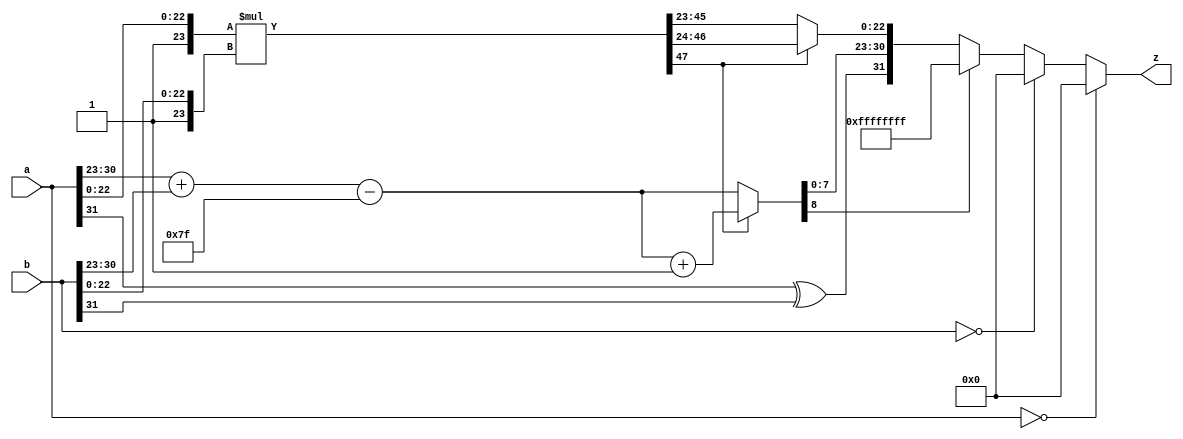
// z = a * b, all 32-bit (single-precision) floating point.
// Returns zero if underflow, NaN if overflow.

module srmul(
  input  wire [31:0] a,
  input  wire [31:0] b,
  output wire [31:0] z
  );

   // SP floating point fields
  `define sign     31
  `define exponent 30:23
  `define mantissa 22:0

   // various other constants
  `define zero     32'b0
  `define NaN      32'hFFFFFFFF

  ////////////////////////////////////////////////////////////////
  // Sign is easy.
  wire zs; assign zs = a[`sign] ^ b[`sign];

  ////////////////////////////////////////////////////////////////
  // Mantissa is hard. Remember mantissa is [22:0]

  // Restore hidden one's, use 48-bit precision
  wire [47:0] am; assign am = {24'b0, 1'b1, a[`mantissa]};
  wire [47:0] bm; assign bm = {24'b0, 1'b1, b[`mantissa]};
  wire [47:0] ab; assign ab = am * bm;

  // Normalized result will have leading '0' e.g. 01x01=0100
  // Else "too big", must make mantissa smaller (rshft 1) and exp bigger (add 1)
  wire too_big; assign too_big = (ab[47] == 1'b1);

  // am,bm range = 80,0000-FF,FFFF; ab range = 4000,0000,0000 - 8000,0000,0001
  wire [23:0] zm_true;   assign zm_true = too_big ? ab[47:24] : ab[46:23];
  wire [22:0] zm_hidden; assign zm_hidden = zm_true[22:0];

  // Final z mantissa is zm with hidden (implied) leading 'one' bit
  wire [22:0] zm; assign zm = zm_hidden[22:0];

  ////////////////////////////////////////////////////////////////
  // Exponent. Use 9-bit computation to get accurate final 8-bit result.
  wire [8:0] bias;  assign bias  = 9'd127;
  wire [8:0] a_exp; assign a_exp = {1'b0, a[`exponent]};
  wire [8:0] b_exp; assign b_exp = {1'b0, b[`exponent]};

  wire [8:0] ae_plus_be; assign ae_plus_be = a_exp + b_exp;
  wire [8:0] ze_prenorm; assign ze_prenorm = ae_plus_be - bias;
  wire [8:0] ze_norm;    assign ze_norm = too_big ? (ze_prenorm + 9'b1) : ze_prenorm;

  // Final z exponent
  wire [7:0] ze; assign ze = ze_norm[7:0];

  ////////////////////////////////////////////////////////////////
  // overflow and underflow
  wire ufw; assign ufw = too_big ? ((ae_plus_be + 9'b1) < bias) : (ae_plus_be < bias);
  wire ofw; assign ofw = (ze_norm[8] == 1'b1);

  ////////////////////////////////////////////////////////////////
/*
  assign z = (a==`zero) ? `zero : (
               (b==`zero) ? `zero : (
                (ufw)      ? `zero : (
                  (ofw)      ? `NaN :  (
                                 {zs, ze, zm} 
              ))));
*/

  assign z = (a==`zero) ? `zero : (
               (b==`zero) ? `zero : (
                  (ofw)      ? `NaN :  (
                                 {zs, ze, zm} 
              )));



// `define DBG1
// `define DBG9

`ifdef DBG1
  // DEBUGGING
  always @ (*) begin
    if ((a != 0) && (b != 0)) begin
//    if ((a != 0) && (b == 32'h40000000)) begin
      $display("srmul a=bsr'%08X (%08X) b=bsr'%08X (%08X) z=bsr'%08X (%08X)",
                a, a, b, b, z, z);
     `ifdef DBG9
        $display("srmul as=%1x bs=%1x zs=%1x", a[`sign], b[`sign], z[`sign]);
        $display("srmul ----");
        $display("srmul ae8=%09b be8=%09b ze8=%09b", a[`exponent], b[`exponent], z[`exponent]);
        $display("srmul ae9=%09b be9=%09b ze9=%09b", a_exp, b_exp, ze);
        $display("srmul   ae_plus_be=%09b", ae_plus_be);
        $display("srmul   ze_prenorm=%09b", ze_prenorm);
        $display("srmul   too_big=%1b ze_norm=%09b", too_big, ze_norm);
        $display("srmul aeb=%09b beb=%09b zeb=%09b", a_exp-bias, b_exp-bias, ze-bias);
        $display("srmul ----");
        $display("srmul am=%06X bm=%06X zm=%06X", am, bm, zm);
        $display("srmul ab=%012X ab[47:46]=%02b", ab, ab[47:46]);
        $display("srmul   zm_true=%06X",   zm_true);
        $display("srmul   zm_hidden=%06X", zm_hidden);
        $display("srmul   zm_true[23]=%1b ab[46]=%1b", zm_true[23], ab[46]);
        $display("srmul ----");
        $display("srmul ufw=%1b ofw=%1b", ufw, ofw);
        $display("srmul ");
     `endif
    end // if ((a != 0) && (b != 0))
  end // always @ (*)
`endif

endmodule